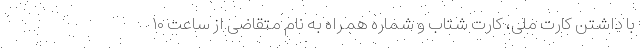
با داشتن کارت ملی، کارت شتاب و شماره همراه به نام متقاضی از ساعت ۱۰